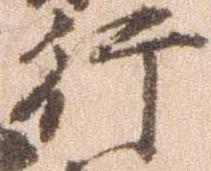
行